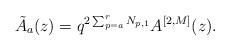
LaTeX: \begin{align*}\tilde{A}_{a}(z)=q^{2\sum_{p=a}^{r}N_{p, 1}}A^{[2, M]}(z). \end{align*}